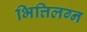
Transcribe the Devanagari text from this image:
भित्तिलग्न